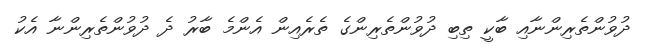
ދުވުންތެރިންނާއި ބާކީ ތިބި ދުވުންތެރިންގެ ތެރެއިން އެންމެ ބާރު ދެ ދުވުންތެރިންނާ އެކު